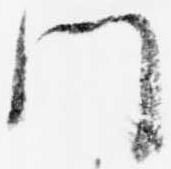
門